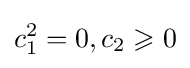
c_{1}^{2}=0,c_{2}\geqslant 0